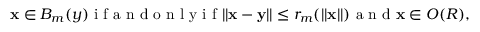
\mathbf x \in { \cal B } _ { m } ( y ) \mathrm { ~ i ~ f ~ a ~ n ~ d ~ o ~ n ~ l ~ y ~ i ~ f ~ } | | \mathbf x - \mathbf y | | \leq r _ { m } ( | | \mathbf x | | ) \mathrm { ~ a ~ n ~ d ~ } \mathbf x \in O ( R ) ,